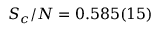
S _ { c } / N = 0 . 5 8 5 ( 1 5 )